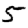
Digit: 5